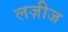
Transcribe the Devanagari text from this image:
लज़ीज